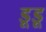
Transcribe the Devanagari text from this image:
डूडू